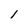
Character: I